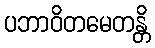
ပဘာဝိတမေတန္တိ